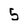
Character: 5